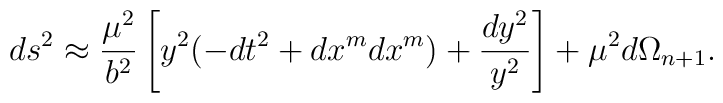
ds^2 \approx {\mu^2\over b^2}\left[ y^2 (-dt^2 +dx^m dx^m)+ {dy^2\over y^2}\right] + \mu^2 d\Omega_{n+1}.